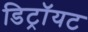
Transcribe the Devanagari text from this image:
डिट्रॉयट